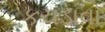
કચડાવા